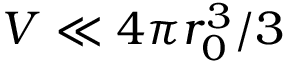
V \ll 4 \pi r _ { 0 } ^ { 3 } / 3